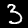
Label: 3